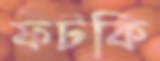
ফটকি